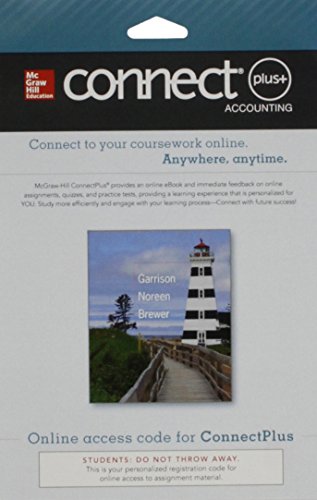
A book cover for Connect 1-Semester Access Card for Managerial Accounting; Ray Garrison; Business & Money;